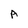
Character: A